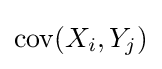
\operatorname {cov} (X_{i},Y_{j})